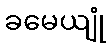
ခမေယျုံ